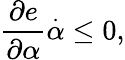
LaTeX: \frac{\partial e}{\partial\alpha}\overset{\cdot}{\alpha}\leq 0,